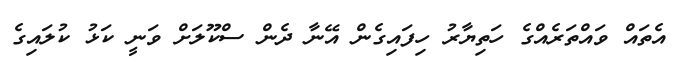
އެތައް ވައްތަރެއްގެ ހަތިޔާރު ހިފައިގެން އޭނާ ދެން ސްކޫލަށް ވަނީ ކަޅު ކުލައިގެ